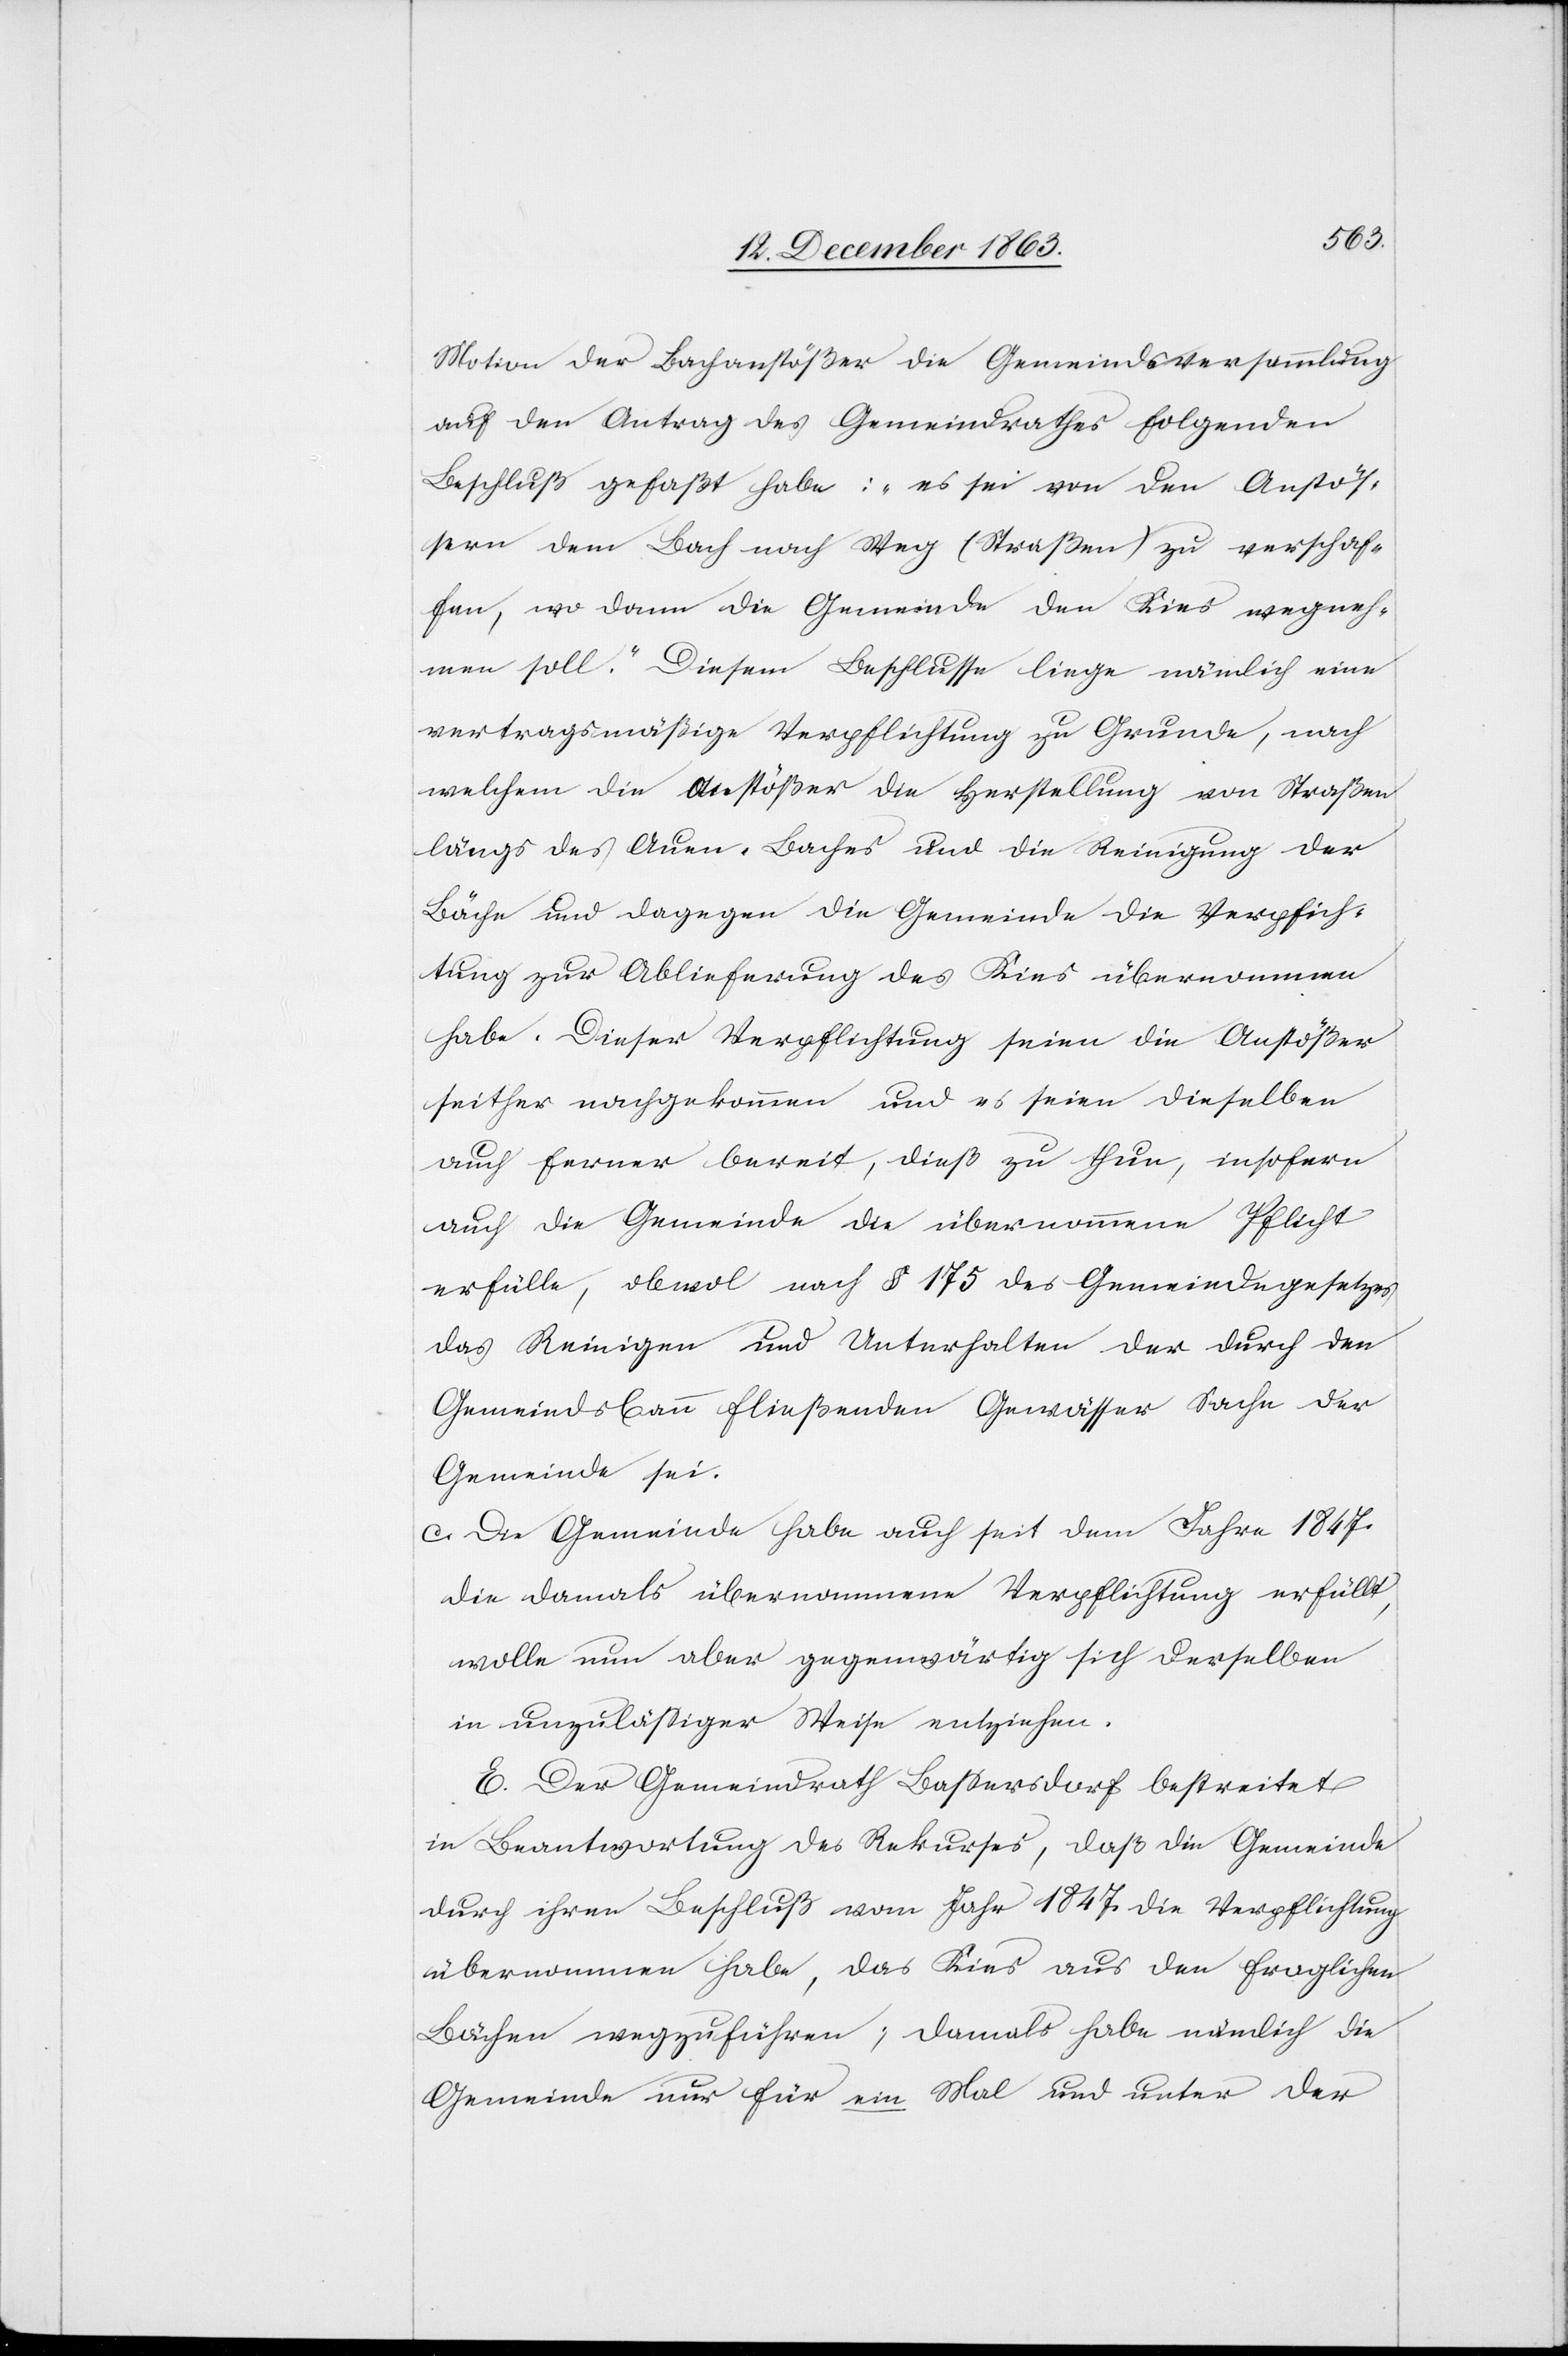
Motion der Bachanstößer die Gemeindsversammlung
auf den Antrag des Gemeindrathes folgenden
Beschluß gefaßt habe: „es sei von den Anstös¬
sern dem Bach nach Weg (Straßen) zu verschaf¬
fen, wo dann die Gemeinde den Kies wegneh¬
men soll.“ Diesem Beschlusse liege nämlich eine
vertragsmäßige Verpflichtung zu Grunde, nach
welchem die Anstößer die Herstellung von Straßen
längs des Auen-Baches und die Reinigung der
Bäche und dagegen die Gemeinde die Verpf[l]ich¬
tung zur Ablieferung des Kies übernommen
habe. Dieser Verpflichtung seien die Anstößer
seither nachgekommen und es seien dieselben
auch ferner bereit, dieß zu thun, insofern
auch die Gemeinde die übernommene Pflicht
erfülle, obwol nach § 175 des Gemeindegesetzes
das Reinigen und Unterhalten der durch den
Gemeindsbann fließenden Gewässer Sache der
Gemeinde sei.
c. Die Gemeinde habe auch seit dem Jahre 1847
die damals übernommene Verpflichtung erfüllt,
wolle nun aber gegenwärtig sich derselben
in unzulässiger Weise entziehen.
E. Der Gemeindrath Bassersdorf bestreitet
in Beantwortung des Rekurses, daß die Gemeinde
durch ihren Beschluß vom Jahr 1847 die Verpflichtung
übernommen habe, das Kies aus den fraglichen
Bächen wegzuführen; damals habe nämlich die
Gemeinde nur für ein Mal und unter der